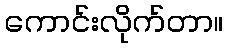
ကောင်းလိုက်တာ။